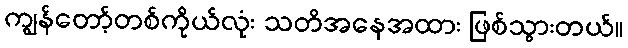
ကျွန်တော့်တစ်ကိုယ်လုံး သတိအနေအထား ဖြစ်သွားတယ်။